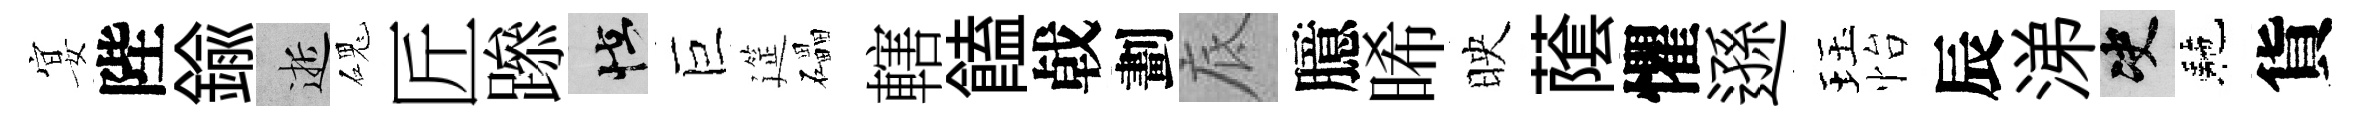
宴陛鍮逝磈匠𨅶怪巨筵礧轄饁㦸劃底臆晞映䕃懼遜珏怡辰涕决駰貨